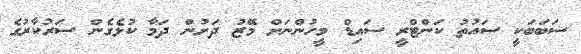
ސަބަބަކީ ސައުތު ކަންޓްރީ ސައިޑް މީހުންނަށް މޭޒު ދަށުން ދަމާ ކުޅެގެން ސަރުކާރުގެ